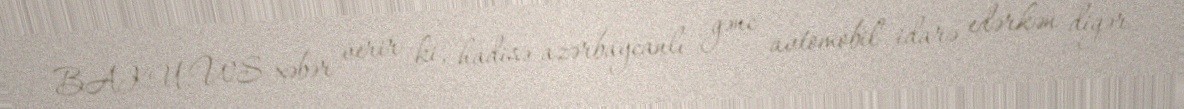
BAKU.WS xəbər verir ki, hadisə azərbaycanlı gənc avtomobil idarə edərkən digər